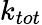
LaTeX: k_{tot}